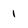
Character: 1